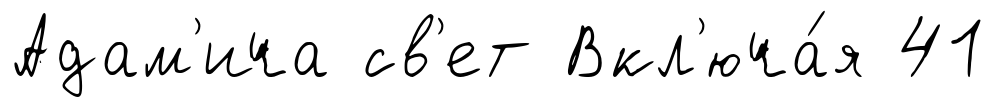
Адам'ича св'ет Вкл'юча́я 41